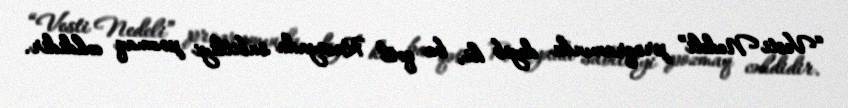
“Vesti Nedeli” proqramında deyib ki, bu qətl Rusiyada sabitliyi pozmaq cəhdidir.